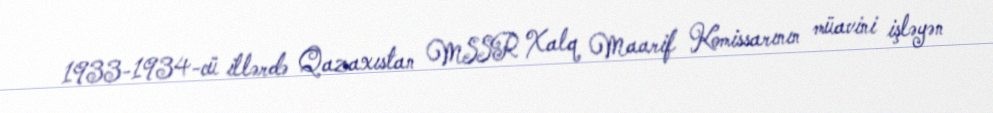
1933-1934-cü illərdə Qazaxıstan MSSR Xalq Maarif Komissarının müavini işləyən